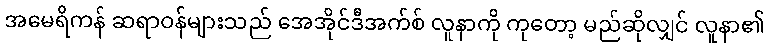
အမေရိကန် ဆရာဝန်များသည် အေအိုင်ဒီအက်စ် လူနာကို ကုတော့ မည်ဆိုလျှင် လူနာ၏